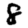
Digit: 8